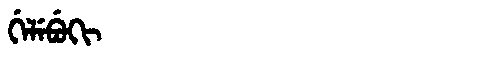
Manchu: ᡤᡝᠯᡝᠪᡠᡴᡳ
Romanization: GELEBUKI